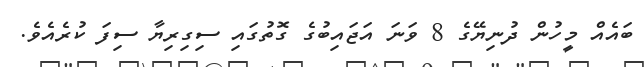
ބައެއް މީހުން ދުނިޔޭގެ 8 ވަނަ އަޖައިބުގެ ގޮތުގައި ސިގިރިޔާ ސިފަ ކުރެއެވެ.